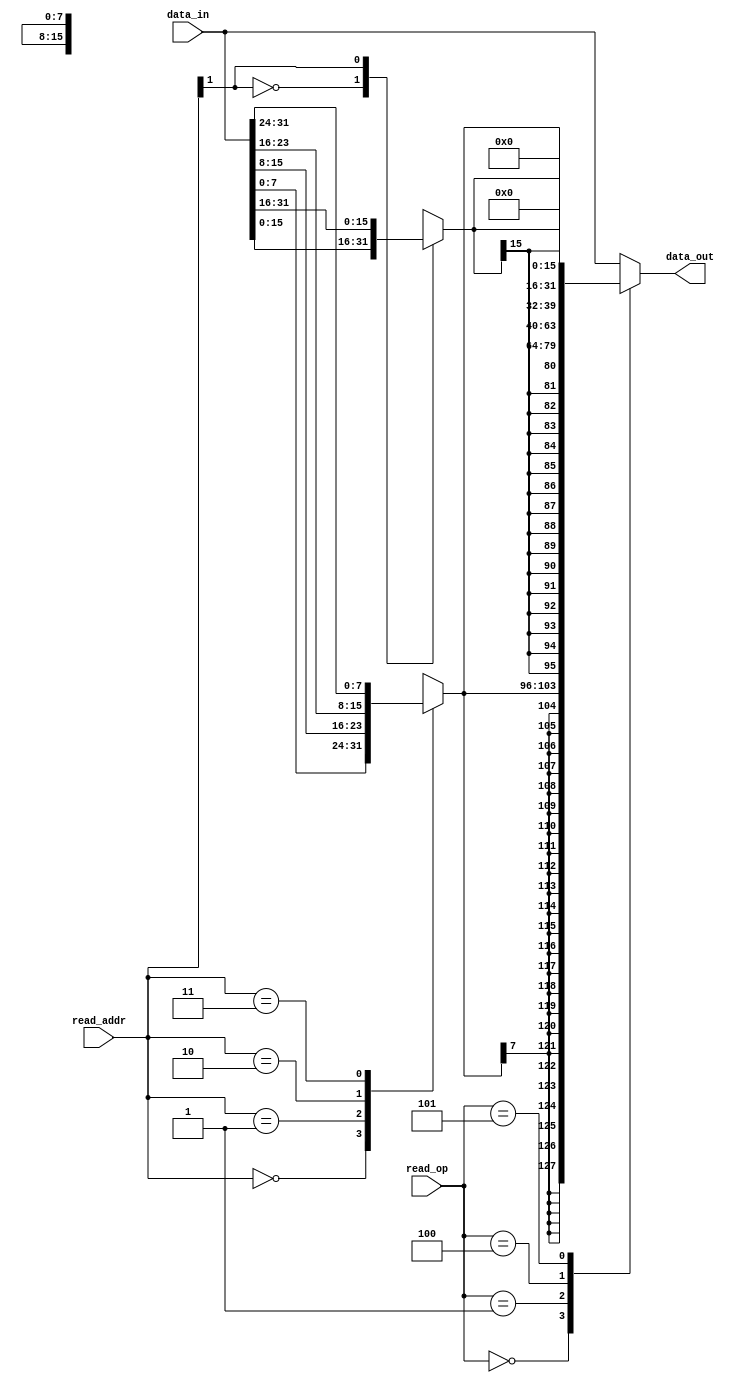
module data_read_mux
(
	input [31:0] data_in,
	input [1:0] read_addr,
	input [2:0] read_op,
	output reg [31:0] data_out
);

parameter LOADOP_LB  = 3'b000;
parameter LOADOP_LH  = 3'b001;
parameter LOADOP_LW  = 3'b010;
parameter LOADOP_LBU  = 3'b100;
parameter LOADOP_LHU  = 3'b101;

reg [7:0] b;
reg [15:0] h;
reg [31:0] w;

always @(*) begin

	// byte
	case (read_addr[1:0])
		2'b00: b = data_in[7:0];
		2'b01: b = data_in[15:8];
		2'b10: b = data_in[23:16];
		2'b11: b = data_in[31:24];
	endcase
	
	// half
	case (read_addr[1])
		1'b0: h = data_in[15:0];
		1'b1: h = data_in[31:16];
	endcase
	
	// word
	w = data_in;
	
	
	case (read_op)
		LOADOP_LB: data_out = {{24{b[7]}}, b[7:0]};
		LOADOP_LH: data_out = {{16{h[15]}}, h[15:0]};
		LOADOP_LW: data_out = w[31:0];
		LOADOP_LBU: data_out = {{24{1'b0}}, b[7:0]};
		LOADOP_LHU: data_out = {{16{1'b0}}, h[15:0]};
		default: data_out = w[31:0];
	endcase
	
end


endmodule